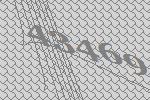
43469